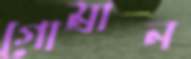
গোম্‌রান